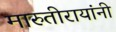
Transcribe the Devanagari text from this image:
मारुतीरायांनी